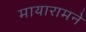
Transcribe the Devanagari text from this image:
मायारामने